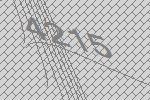
4215